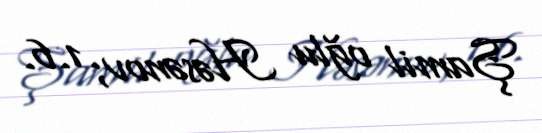
Şamil oğlu Həsənov; 1.6.